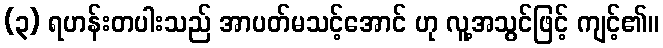
(၃) ရဟန်းတပါးသည် အာပတ်မသင့်အောင် ဟု လူ့အသွင်ဖြင့် ကျင့်၏။